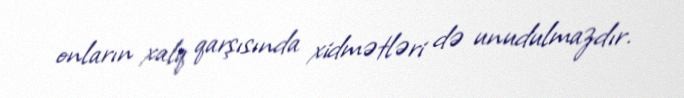
onların xalq qarşısında xidmətləri də unudulmazdır.